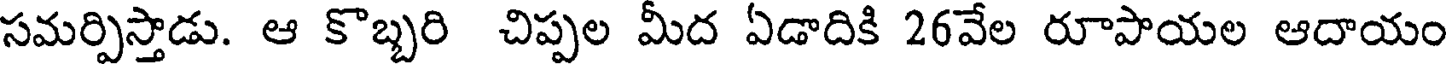
సమర్పిస్తాడు. ఆ కొబ్బరి చిప్పల మీద ఏడాదికి 26వేల రూపాయల ఆదాయం